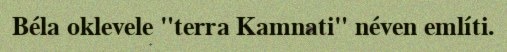
Béla oklevele "terra Kamnati" néven említi.